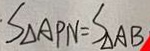
S _ { \Delta A P N } = S _ { \Delta A B }